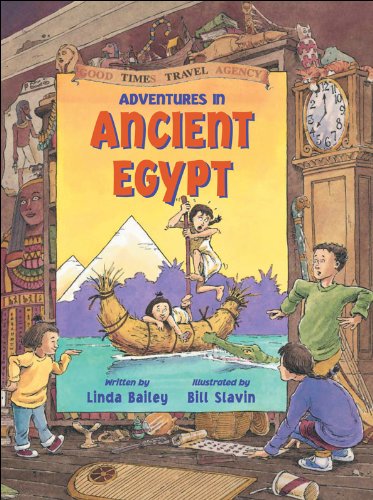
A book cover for Adventures in Ancient Egypt (Good Times Travel Agency); Linda Bailey; Children's Books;